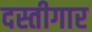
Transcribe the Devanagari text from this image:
दस्तीगार